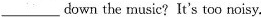
_____down the music? It's too noisy.